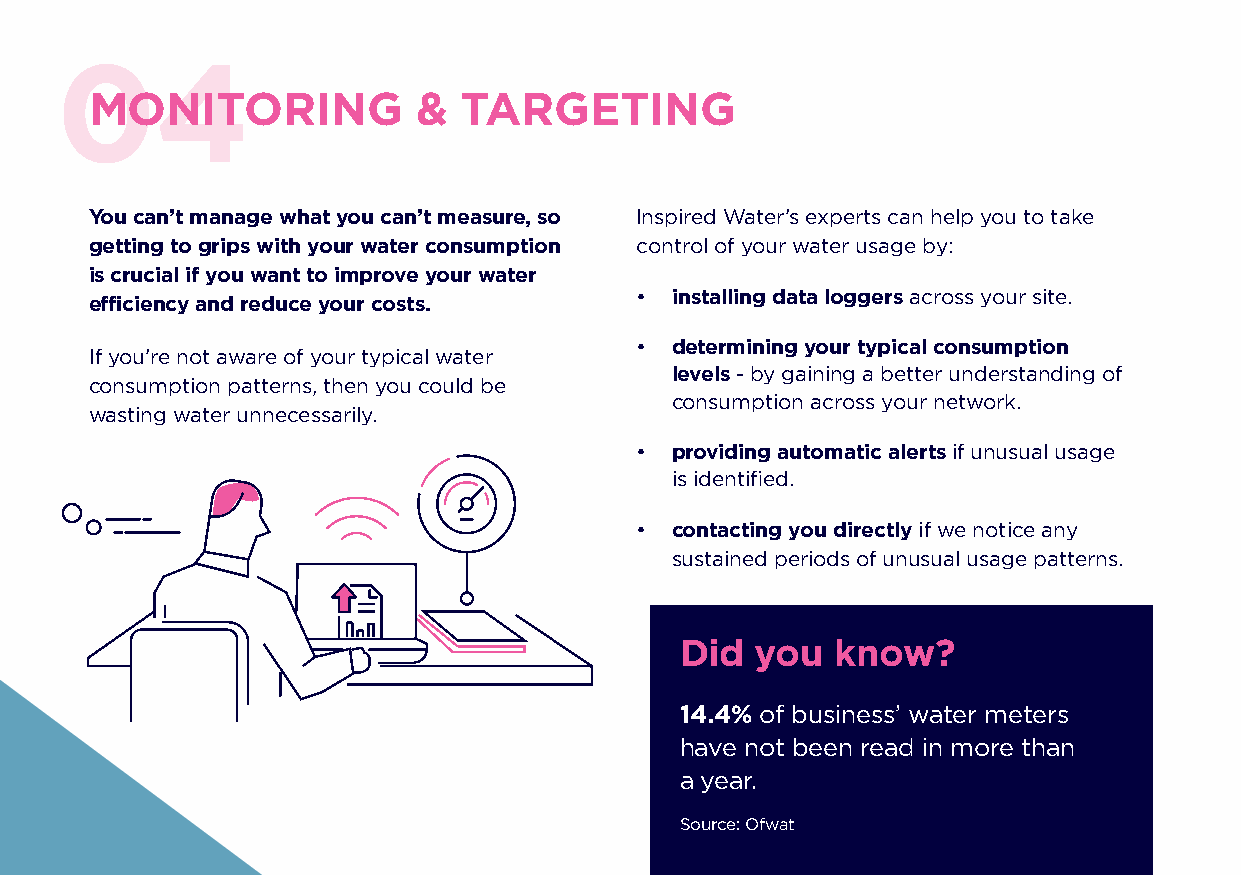
04
 MONITORING            & TARGETING
 You can’t manage what you can’t measure, so Inspired Water’s experts can help you to take
 getting to grips with your water consumption control of your water usage by:
 is crucial if you want to improve your water
 • installing data loggers across your site.
 efficiency and reduce your costs.
 • d etermining your typical consumption
 If you’re not aware of your typical water
 levels - by gaining a better understanding of
 consumption patterns, then you could be
 consumption across your network.
 wasting water unnecessarily.
 • providing automatic alerts if unusual usage
 is identified.
 • c ontacting you directly if we notice any
 sustained periods of unusual usage patterns.
 Did  you  know?
 14.4% of business’ water meters
 have not been read in more than
 a year.
 Source: Ofwat